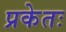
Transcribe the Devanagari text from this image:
प्रकेतः